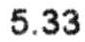
5.33